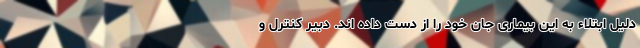
دلیل ابتلاء به این بیماری جان خود را از دست داده اند. دبیر کنترل و